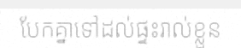
បែកគ្នាទៅដល់ផ្ទះរាល់ខ្លួន